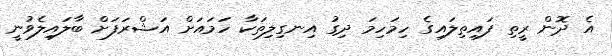
އެ ދޮން ރީތި ފައިތިލައިގެ ހިމަހިމަ ދިގު އިނގިލިތަކާ ހަމައަށް އަޝްރަފަށް ބާލައިލެވުނީ